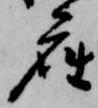
座